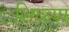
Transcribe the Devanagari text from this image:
शिळ्या